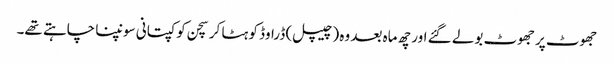
جھوٹ پر جھوٹ بولے گئے اور چھ ماہ بعد وہ (چیپل) ڈراوڈ کو ہٹا کر سچن کو کپتانی سونپنا چاہتے تھے۔